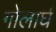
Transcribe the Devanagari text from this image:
गोलार्घ